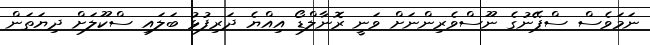
ނަމަވެސް ސްޕޭނުގެ ނޫސްވެރިންނަށް ވަނީ ރޮނާލްޑޯ އިއްޔެ ދަރިފުޅު ބަލައި ސްކޫލަށް ދިޔަތަން